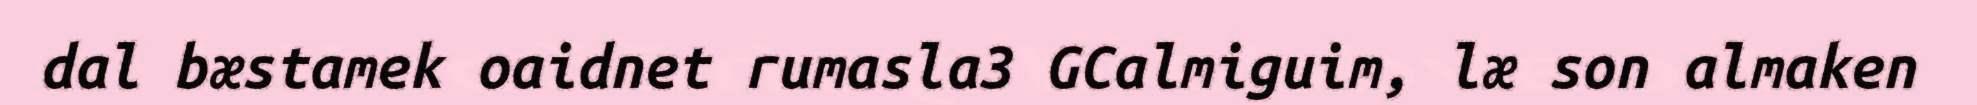
dal bæstamek oaidnet rumasla3 GCalmiguim, læ son almaken